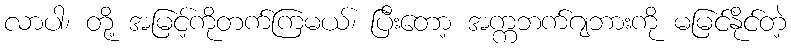
လာပါ၊ တို့ အမြင့်ကိုတက်ကြမယ်၊ ပြီးတော့ အက္ကဘက်ဂျဘားကို မမြင်နိုင်တဲ့